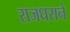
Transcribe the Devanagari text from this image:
राजधराने